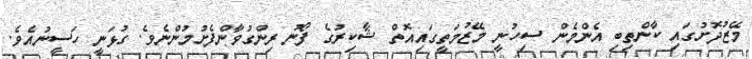
މޭޒުދޮށުގައި ކާންތިބި އެންމެން ސިހުނީ މޭޒުމަތީގައިއޮތް ޝާކިރުގެ ފޯނު ރިންގުވާންފެށުމުންނެވެ. ގުޅަނީ ހަސީނުއެވެ.